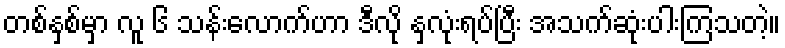
တစ်နှစ်မှာ လူ ၆ သန်းလောက်ဟာ ဒီလို နှလုံးရပ်ပြီး အသက်ဆုံးပါးကြသတဲ့။